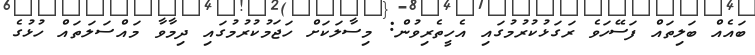
ބައެއް ބަލިތައް ފަސޭހަވެ ރަގަޅުކުރުމުގައި އެހީތެރިވުން: މިސާލަކަށް ހަޖަމުކުރުމުގައި ދިމާވާ މައްސަލަތައް ހުޅުގެ